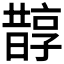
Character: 𣋄